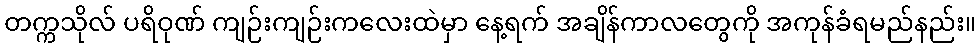
တက္ကသိုလ် ပရိဝုဏ် ကျဉ်းကျဉ်းကလေးထဲမှာ နေ့ရက် အချိန်ကာလတွေကို အကုန်ခံရမည်နည်း။